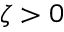
\zeta > 0